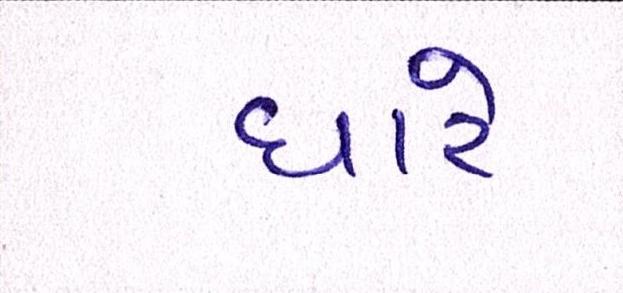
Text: ધારે